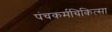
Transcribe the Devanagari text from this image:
पंचकर्मचिकित्सा